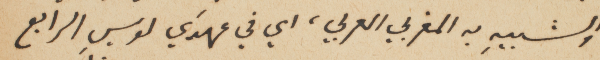
والشبيهِ به المغربي العربي، اي في عهدَي لويس الرابع